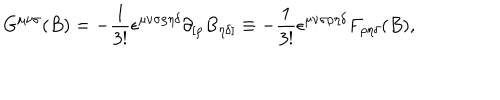
LaTeX: G ^ { { \mu } { \nu } { \sigma } } ( B ) = - { \frac { 1 } { 3 ! } } { \epsilon } ^ { { \mu } { \nu } { \sigma } { \rho } { \eta } { \delta } } { \partial } _ { [ { \rho } } B _ { { \eta } { \delta } ] } \equiv - { \frac { 1 } { 3 ! } } { \epsilon } ^ { { \mu } { \nu } { \sigma } { \rho } { \eta } { \delta } } F _ { { \rho } { \eta } { \delta } } ( B ) ,